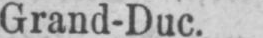
Grand-Duc.